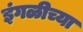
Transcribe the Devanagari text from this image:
इंगळीच्या